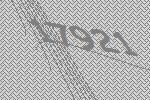
17921